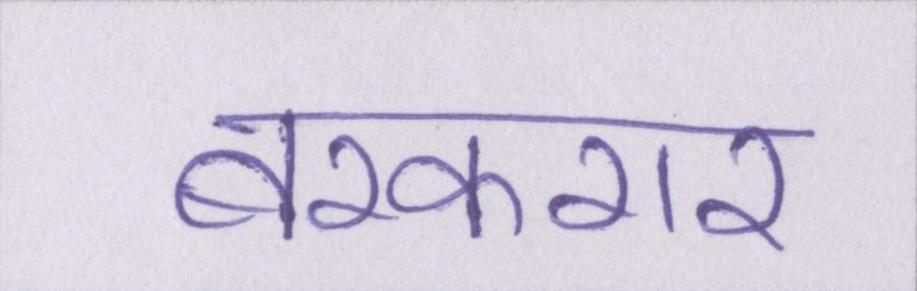
बरकरार